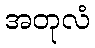
အတုလံ